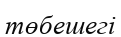
төбешегі